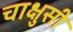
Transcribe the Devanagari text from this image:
चाक्षुसी